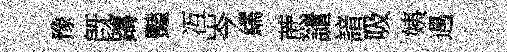
豫旣躊豔冱岑繻蔗譴諳吸姨遇